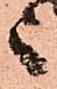
言